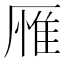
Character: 𪠕